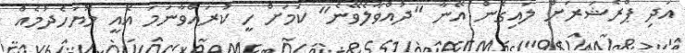
އަދި ޕްރެޝަރަށް ލައިގެން އޭނާ "ދުއްވާލެވޭނެ" ކަމަށް ހީ ކުރައްވާނަމަ އެއީ މޮޔަހެދުމެއް